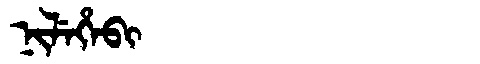
Manchu: ᠨᡳᠯᡝᡥᡝᠪᡳ
Romanization: NILEHEBI